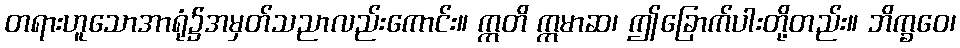
တရားဟူသောအာရုံ၌အမှတ်သညာလည်းကောင်း။ ဣတိ ဣမာဆ၊ ဤခြောက်ပါးတို့တည်း။ ဘိက္ခဝေ၊